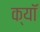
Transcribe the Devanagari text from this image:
क्यॉ